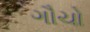
ગૌચો